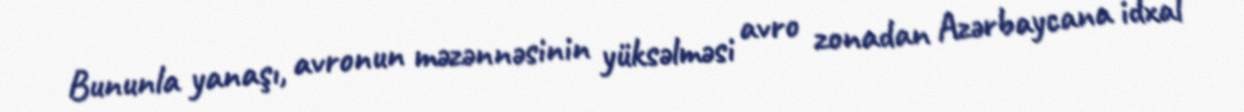
Bununla yanaşı, avronun məzənnəsinin yüksəlməsi avro zonadan Azərbaycana idxal